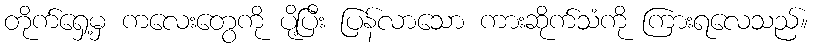
တိုက်ရှေ့မှ ကလေးတွေကို ပို့ပြီး ပြန်လာသော ကားဆိုက်သံကို ကြားရလေသည်။